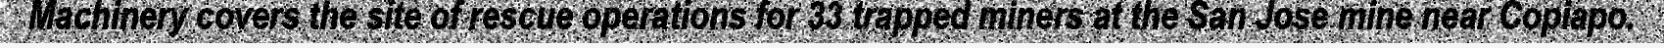
Machinery covers the site of rescue operations for 33 trapped miners at the San Jose mine near Copiapo.